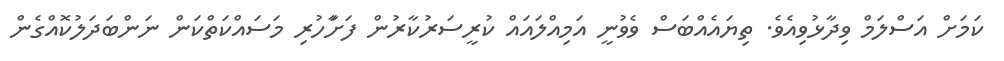
ކަމަށް އަސްލަމް ވިދާޅުވިއެވެ. ތިޔައެއްބަސް ވެވުނީ އަމިއްލައައް ކުރީސަރުކާރުން ފަށާަހުރި މަސައްކަތްކަން ނަންބަދަލުކޮއްގެން